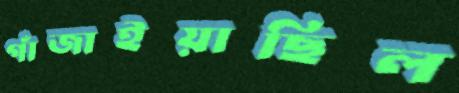
গাঁজাইয়াছিল